Report of an investigation into the causes of the diseases known in Assam as Kála-Azár and Beri-Beri
Disease focus: Beri-Beri
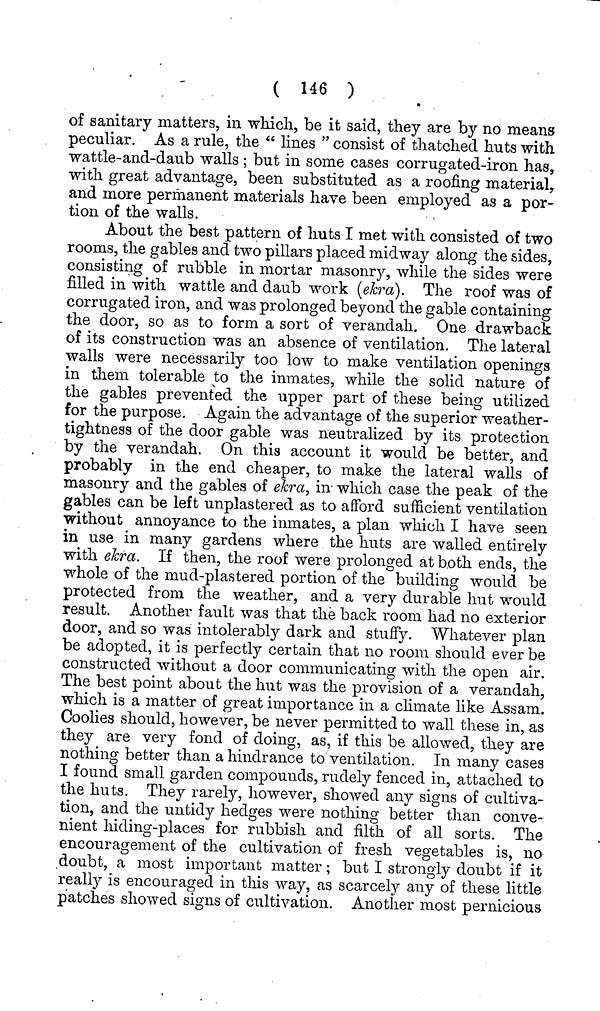
( 146 )
of sanitary matters, in which, be it said, they are by no means
peculiar. As a rule, the " lines " consist of thatched huts with
wattle-and-daub walls ; but in some cases corrugated-iron has,
with great advantage, been substituted as a roofing material,
and more permanent materials have been employed as a por-
tion of the walls.
About the best pattern of huts I met with consisted of two
rooms, the gables and two pillars placed midway along the sides,
consisting of rubble in mortar masonry, while the sides were
filled in with wattle and daub work (ekra). The roof was of
corrugated iron, and was prolonged beyond the gable containing
the door, so as to form a sort of verandah. One drawback
of its construction was an absence of ventilation. The lateral
walls were necessarily too low to make ventilation openings
in them tolerable to the inmates, while the solid nature of
the gables prevented the upper part of these being utilized
for the purpose. Again the advantage of the superior weather-
tightness of the door gable was neutralized by its protection
by the verandah. On this account it would be better, and
probably in the end cheaper, to make the lateral walls of
masonry and the gables of ekra, in which case the peak of the
gables can be left unplastered as to afford sufficient ventilation
without annoyance to the inmates, a plan which I have seen
in use in many gardens where the huts are walled entirely
with ekra. If then, the roof were prolonged at both ends, the
whole of the mud-plastered portion of the building would be
protected from the weather, and a very durable hut would
result. Another fault was that the back room had no exterior
door, and so was intolerably dark and stuffy. "Whatever plan
be adopted, it is perfectly certain that no room should ever be
constructed without a door communicating with the open air.
The best point about the hut was the provision of a verandah,
which is a matter of great importance in a climate like Assam.
Coolies should, however, be never permitted to wall these in, as
they are very fond of doing, as, if this be allowed, they are
nothing better than a hindrance to ventilation. In many cases
I found small garden compounds, rudely fenced in, attached to
the huts. They rarely, however, showed any signs of cultiva-
tion, and the untidy hedges were nothing better than conve-
nient hiding-places for rubbish and filth of all sorts. The
encouragement of the cultivation of fresh vegetables is, no
doubt, a most important matter; but I strongly doubt if it
realty is encouraged in this way, as scarcely any of these little
patches showed signs of cultivation. Another most pernicious